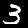
Digit: 3